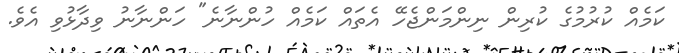
ކަމެއް ކުރުމުގެ ކުރިން ނިންމަންޖެހޭ އެތައް ކަމެއް ހުންނާނެ" ހަންނާނު ވިދާޅުވި އެވެ.